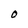
Character: O